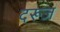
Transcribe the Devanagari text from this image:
दरूज